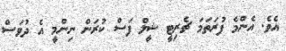
އެވެ. އެންމެ ފުރަތަމަ ޗެރިޓީ ޝީލް ފަސް ކުރަން ނިންމީ އެ ދުވަސް